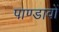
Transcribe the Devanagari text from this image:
पाण्डावों